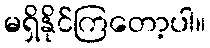
မရှိနိုင်ကြတော့ပါ။